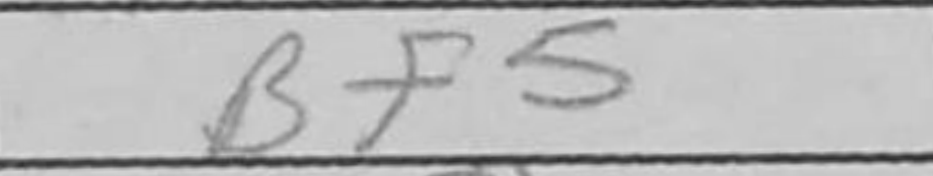
Transcription: Bf5